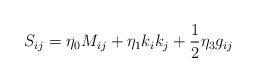
LaTeX: \begin{align*}S_{ij}=\eta_{0}M_{ij}+\eta_{1}k_{i}k_{j}+{1 \over 2} \eta_{3}g_{ij}\end{align*}